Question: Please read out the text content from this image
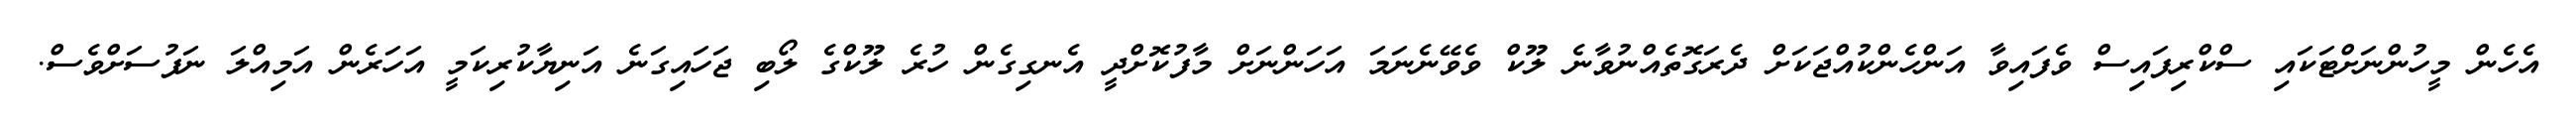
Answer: އެހެން މީހުންނަށްޓަކައި ސްކްރިފައިސް ވެފައިވާ އަންހެންކުއްޖަކަށް ދެރަގޮތެއްނުވާނެ ލޫކް ވެވޭނެނަމަ އަހަންނަށް މާފުކޮށްދީ އެނގިގެން ހުރެ ލޫކްގެ ލޯބި ޖަހައިގަނެ އަނިޔާކުރިކަމީ އަހަރެން އަމިއްލަ ނަފުސަށްވެސް.